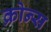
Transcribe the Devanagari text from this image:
क्रोन्स